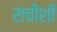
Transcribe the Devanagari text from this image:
रांचीशी